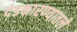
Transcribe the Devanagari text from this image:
दंडकारण्यातले